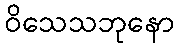
ဝိသေသဘုနော